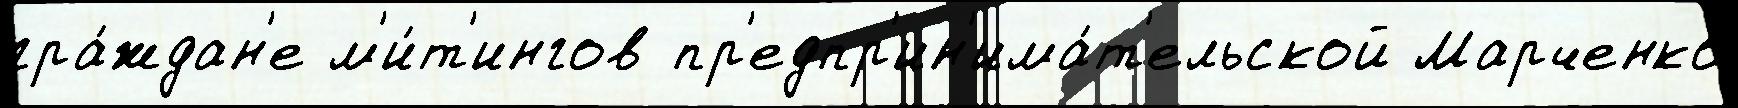
гра́ждан'е м'и́т'ингов пр'едпр'ин'има́т'ельской Марченко